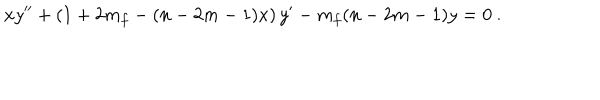
x y ^ { \prime \prime } + \left( 1 + 2 m _ { f } - ( n - 2 m - 1 ) x \right) y ^ { \prime } - m _ { f } ( n - 2 m - 1 ) y = 0 ~ .